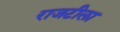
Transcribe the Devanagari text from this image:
राजटीला